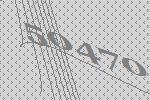
50470